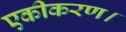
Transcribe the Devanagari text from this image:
एकीकरण।